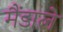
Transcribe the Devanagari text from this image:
मैंडाले